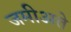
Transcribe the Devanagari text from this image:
जमीअते